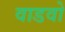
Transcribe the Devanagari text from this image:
वाडवो